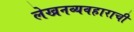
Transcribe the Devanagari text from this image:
लेखनव्यवहाराची